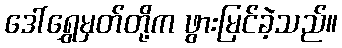
ဒေါ်ရွှေမှတ်တို့က ဖွားမြင်ခဲ့သည်။